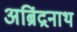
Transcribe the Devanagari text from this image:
अब्रिंद्रनाथ